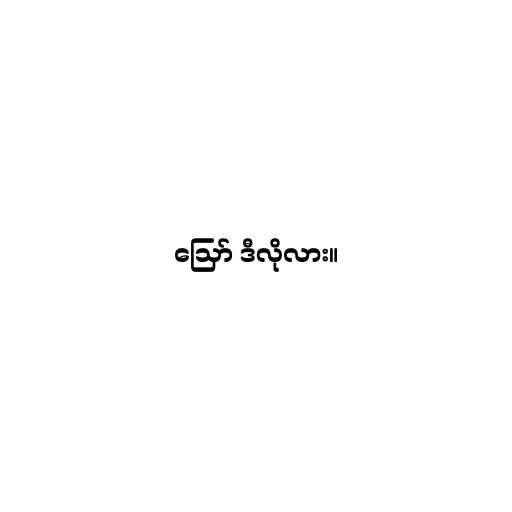
ဪ ဒီလိုလား။